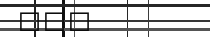
١٢١